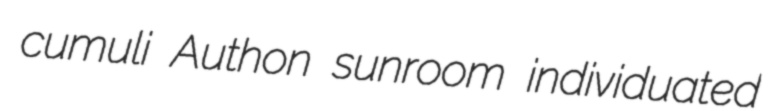
cumuli Authon sunroom individuated